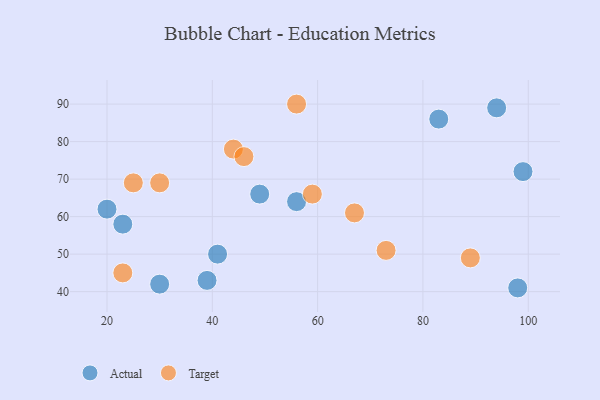
{"axis": {"x": "GDP", "y": "Life Expectancy"}, "legend": ["Actual", "Target"], "data": [{"x": "20", "y": 62, "type": "Actual"}, {"x": "99", "y": 72, "type": "Actual"}, {"x": "41", "y": 50, "type": "Actual"}, {"x": "83", "y": 86, "type": "Actual"}, {"x": "98", "y": 41, "type": "Actual"}, {"x": "39", "y": 43, "type": "Actual"}, {"x": "56", "y": 64, "type": "Actual"}, {"x": "30", "y": 42, "type": "Actual"}, {"x": "23", "y": 58, "type": "Actual"}, {"x": "49", "y": 66, "type": "Actual"}, {"x": "94", "y": 89, "type": "Actual"}, {"x": "73", "y": 51, "type": "Target"}, {"x": "59", "y": 66, "type": "Target"}, {"x": "30", "y": 69, "type": "Target"}, {"x": "25", "y": 69, "type": "Target"}, {"x": "67", "y": 61, "type": "Target"}, {"x": "44", "y": 78, "type": "Target"}, {"x": "56", "y": 90, "type": "Target"}, {"x": "46", "y": 76, "type": "Target"}, {"x": "89", "y": 49, "type": "Target"}, {"x": "23", "y": 45, "type": "Target"}]}